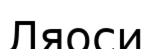
Ляоси